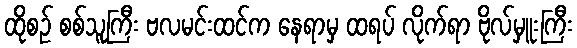
ထိုစဉ် စစ်သူကြီး ဗလမင်းထင်က နေရာမှ ထရပ် လိုက်ရာ ဗိုလ်မှူးကြီး